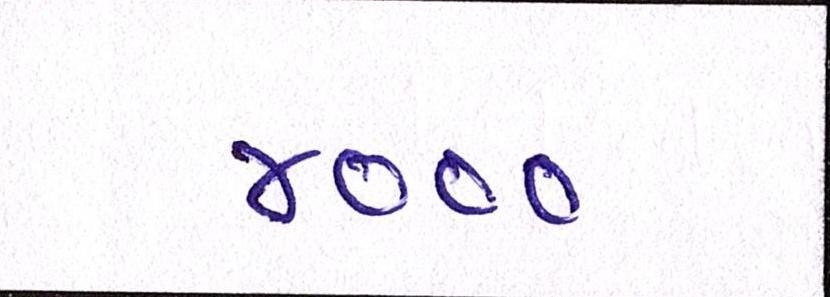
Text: ૪૦૦૦